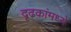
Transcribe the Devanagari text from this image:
दृढकांमध्ये